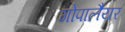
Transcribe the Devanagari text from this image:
गोपालैयर